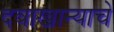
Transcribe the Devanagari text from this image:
दवाखान्याचे